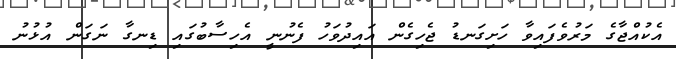
އެކުއްޖާގެ މަރުވެފައިވާ ހަށިގަނޑު ޖެހިގެން އައިދުވަހު ފެނުނީ އެހިސާބުގައި ޑިނގާ ނަގަން އުޅުނު